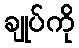
ချုပ်ကို